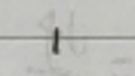
1